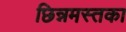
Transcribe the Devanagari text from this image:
छिन्नमस्तका